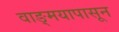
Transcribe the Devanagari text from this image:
वाङ्‌मयापासून